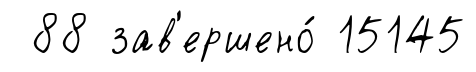
88 зав'ершено́ 15145